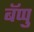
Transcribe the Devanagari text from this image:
बॅप्पु